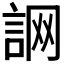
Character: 𧧜